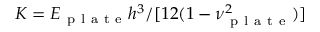
K = { E _ { \mathrm { ~ p ~ l ~ a ~ t ~ e ~ } } h ^ { 3 } } / { [ 1 2 ( 1 - \nu _ { \mathrm { ~ p ~ l ~ a ~ t ~ e ~ } } ^ { 2 } ) ] }